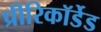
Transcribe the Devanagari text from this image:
प्रीरिकॉर्डेड